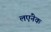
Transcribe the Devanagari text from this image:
लएंनेक